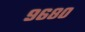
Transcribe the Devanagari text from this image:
९६८०